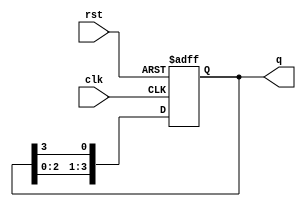
module ring_counter (
    input wire clk,       // Clock input
    input wire rst,       // Reset input
    output reg [3:0] q    // 4-bit output
);

// Initial state for the ring counter
initial begin
    q = 4'b1000; // Set initial state to 1000
end

// Sequential logic for the ring counter
always @(posedge clk or posedge rst) begin
    if (rst) begin
        q <= 4'b1000; // Reset to initial state
    end else begin
        // Shift the '1' to the right
        q <= {q[2:0], q[3]}; // Move the '1' from the MSB to the LSB
    end
end

endmodule